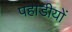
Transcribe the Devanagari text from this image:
पहाडीयों